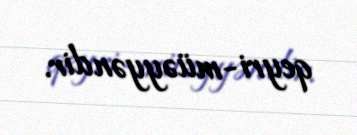
qeyri-müəyyəndir.